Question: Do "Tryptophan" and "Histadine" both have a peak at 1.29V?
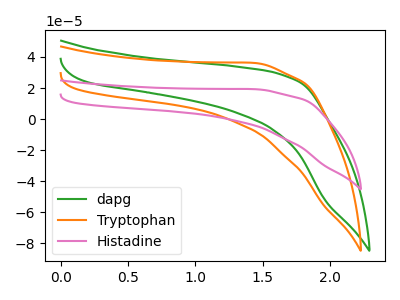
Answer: <think>The green curve "dapg" has no peaks. The orange curve "Tryptophan" has no peaks. The pink curve "Histadine" has no peaks.</think>
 <answer>No, "Tryptophan" and "Histadine" dont share a peak at 1.29V.</answer>
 <eval>mismatch</eval>